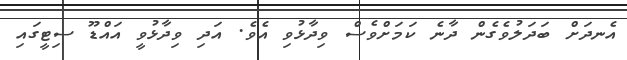
އެނދަށް ބަދަލުވެގެން ދާނެ ކަމަށްވެސް ވިދާޅުވި އެވެ. އަދި ވިދާޅުވީ އައްޑޫ ސިޓީގައި